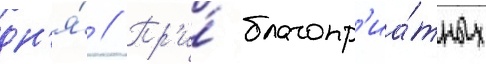
дн'я́ // Пр'и́ благопр'иа́тных